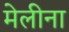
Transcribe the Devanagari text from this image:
मेलीना